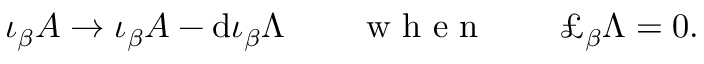
\iota _ { \beta } A \to \iota _ { \beta } A - \mathrm { d } \iota _ { \beta } \Lambda \qquad \mathrm { ~ w ~ h ~ e ~ n ~ } \qquad \pounds _ { \beta } \Lambda = 0 .